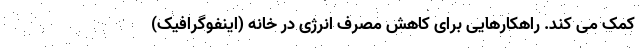
کمک می کند. راهکارهایی برای کاهش مصرف انرژی در خانه (اینفوگرافیک)